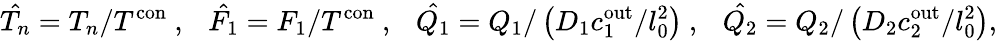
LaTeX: \hat{T_{n}}=T_{n}/T^{\mathrm{con}}~,~~~\hat{F_{1}}=F_{1}/T^{\mathrm{con}}~,~~~\hat{Q_{1}}=Q_{1}/\left(D_{1}c_{1}^{\mathrm{out}}/l_{0}^{2}\right)~,~~~\hat{Q_{2}}=Q_{2}/\left(D_{2}c_{2}^{\mathrm{out}}/l_{0}^{2}\right),